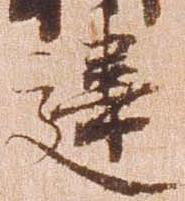
違